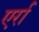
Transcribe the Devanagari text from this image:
एर्रा